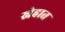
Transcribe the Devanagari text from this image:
स्नेहात